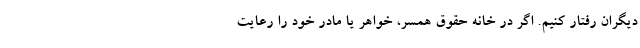
دیگران رفتار کنیم. اگر در خانه حقوق همسر، خواهر یا مادر خود را رعایت